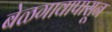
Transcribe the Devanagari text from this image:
बेळगावापासून